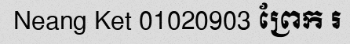
Neang Ket 01020903 ព្រែក រ